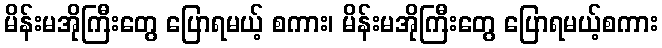
မိန်းမအိုကြီးတွေ ပြောရမယ့် စကား၊ မိန်းမအိုကြီးတွေ ပြောရမယ့်စကား